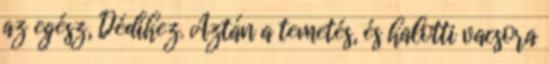
az egész, Dédihez. Aztán a temetés, és halotti vacsora